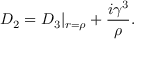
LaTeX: { \cal D } _ { 2 } = { \cal D } _ { 3 } | _ { r = { \rho } } + \frac { i { \gamma } ^ { 3 } } { \rho } .